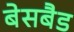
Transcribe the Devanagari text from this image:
बेसबैड